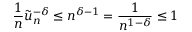
\frac { 1 } { n } \tilde { u } _ { n } ^ { - \delta } \leq n ^ { \delta - 1 } = \frac { 1 } { n ^ { 1 - \delta } } \leq 1